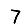
Digit: 7